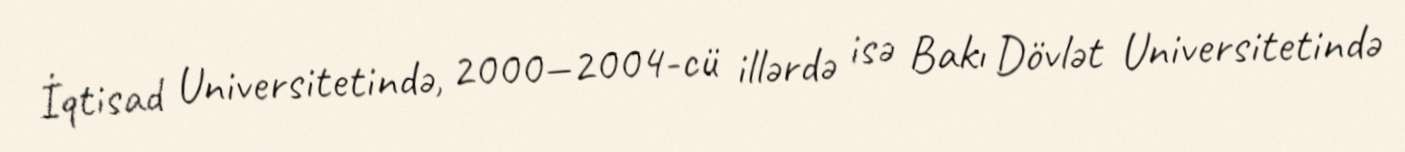
İqtisad Universitetində, 2000—2004-cü illərdə isə Bakı Dövlət Universitetində